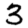
Digit: 3